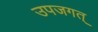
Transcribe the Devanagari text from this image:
उपजगत्